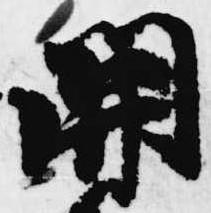
関